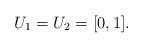
LaTeX: \begin{align*} U_1=U_2=[0,1].\end{align*}